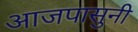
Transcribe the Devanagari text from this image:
आजपासुनी